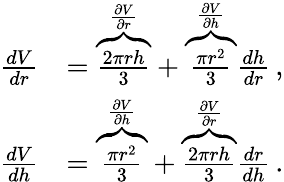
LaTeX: {\begin{array}{rl}{{\frac{dV}{dr}}}&{=\overbrace{\frac{2\pi rh}{3}}^{\frac{\partial V}{\partial r}}+\overbrace{\frac{\pi r^{2}}{3}}^{\frac{\partial V}{\partial h}}{\frac{dh}{dr}}\, ,}\\ {{\frac{dV}{dh}}}&{=\overbrace{\frac{\pi r^{2}}{3}}^{\frac{\partial V}{\partial h}}+\overbrace{\frac{2\pi rh}{3}}^{\frac{\partial V}{\partial r}}{\frac{dr}{dh}}\, .}\end{array}}